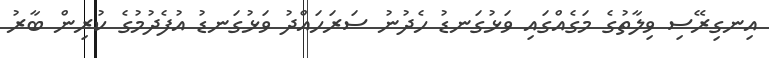
އިނގިރޭސި ވިލާތުގެ މަގެއްގައި ވަޅުގަނޑު ހެދުނު ސަރަހައްދު ވަޅުގަނޑު އުފެދުމުގެ ކުރިން ބާރު